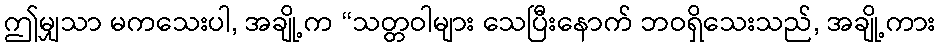
ဤမျှသာ မကသေးပါ, အချို့က “သတ္တဝါများ သေပြီးနောက် ဘဝရှိသေးသည်, အချို့ကား